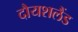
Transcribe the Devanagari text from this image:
दौयशलैंड